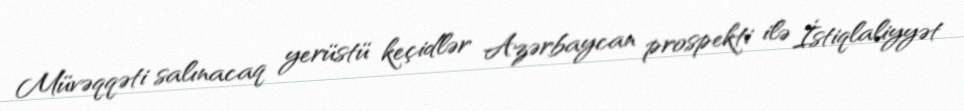
Müvəqqəti salınacaq yerüstü keçidlər Azərbaycan prospekti ilə İstiqlaliyyət